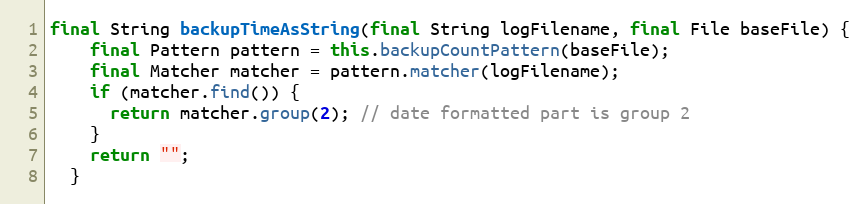
Language: Java
final String backupTimeAsString(final String logFilename, final File baseFile) {
    final Pattern pattern = this.backupCountPattern(baseFile);
    final Matcher matcher = pattern.matcher(logFilename);
    if (matcher.find()) {
      return matcher.group(2); // date formatted part is group 2
    }
    return "";
  }